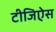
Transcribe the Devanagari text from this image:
टीजिऐस